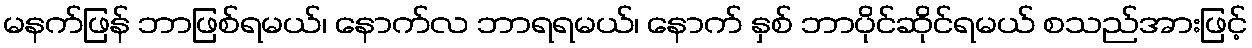
မနက်ဖြန် ဘာဖြစ်ရမယ်၊ နောက်လ ဘာရရမယ်၊ နောက် နှစ် ဘာပိုင်ဆိုင်ရမယ် စသည်အားဖြင့်